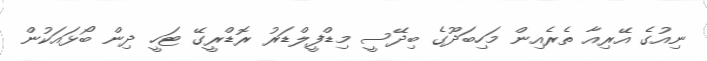
ނިއުގެ އޭރިއާ ތެރެއިން މަހިބަދޫގެ ބިދޭސީ މިޑްފީލްޑަރު ރޮޑްރީގޭ ޓަހީ ދިން ބޯޅައަކުން